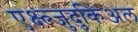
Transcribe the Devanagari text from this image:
एक्ष्त्र्जुदुकिअल